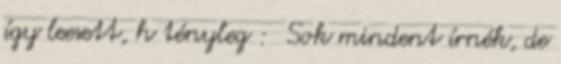
így leesett, h tényleg : Sok mindent írnék, de